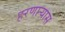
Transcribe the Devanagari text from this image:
हरणार्‍यास